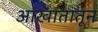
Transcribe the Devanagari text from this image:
आखातातून